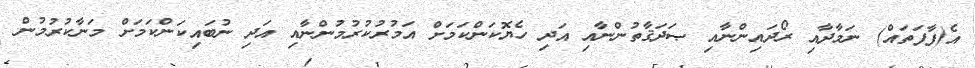
އެ(ފާފަތައް) ނަމާދާއި ރޯދައިންނާއި ޞަދަޤާތުންނާއި އަދި ހެޔޮކަންކަމަށް އަމުރުކުރުމުންނާއި އަދި ނުބައިކަންކަމަށް މަނާކުރުމުން